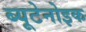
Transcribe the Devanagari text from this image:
ब्यूटेनोइक